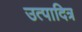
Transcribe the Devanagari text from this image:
उत्पादित्र